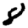
Digit: 8